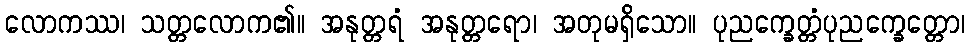
လောကဿ၊ သတ္တလောက၏။ အနုတ္တရံ အနုတ္တရော၊ အတုမရှိသော။ ပုညက္ခေတ္တံပုညက္ခေတ္တော၊